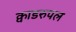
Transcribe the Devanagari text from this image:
क्वाडरुपल